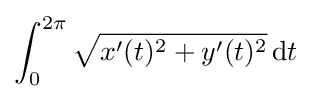
\int _{0}^{2\pi }{\sqrt {x'(t)^{2}+y'(t)^{2}}}\,\mathrm {d} t